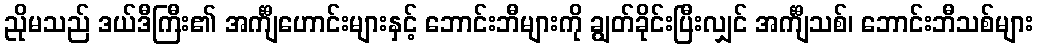
ညိုမသည် ဒယ်ဒီကြီး၏ အင်္ကျီဟောင်းများနှင့် ဘောင်းဘီများကို ချွတ်ခိုင်းပြီးလျှင် အင်္ကျီသစ်၊ ဘောင်းဘီသစ်များ